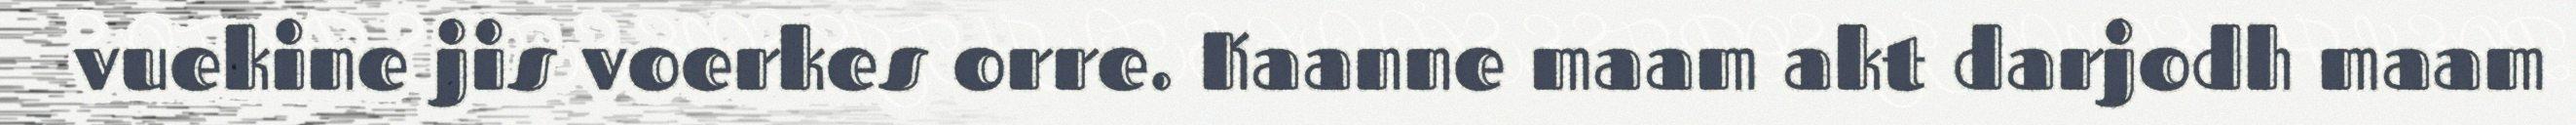
vuekine jis voerkes orre. Kaanne maam akt darjodh maam